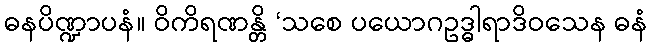
ဓနပိဏ္ဍာပနံ။ ဝိကိရဏန္တိ ‘သစေ ပယောဂဥဒ္ဓါရာဒိဝသေန ဓနံ